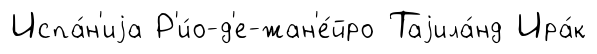
Испа́н'иjа Р'и́о-д'е-жан'е́йро Таjила́нд Ира́к